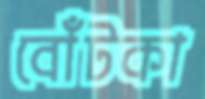
বোঁটকা